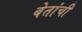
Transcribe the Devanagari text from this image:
बेतांची